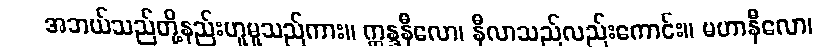
အဘယ်သည်တို့နည်းဟူမူသည်ကား။ ဣန္ဒနီလော၊ နီလာသည်လည်းကောင်း။ မဟာနီလော၊